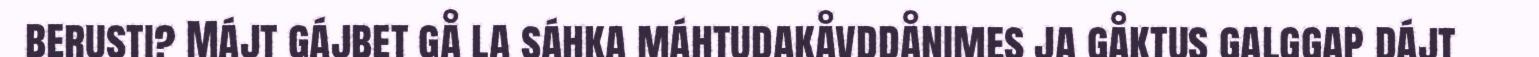
berusti? Májt gájbet gå la sáhka máhtudakåvddånimes ja gåktus galggap dájt